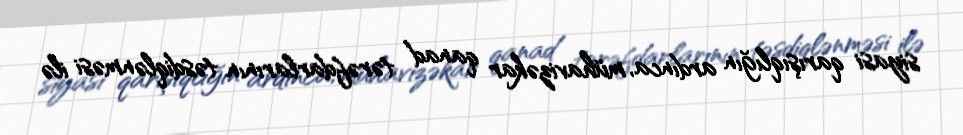
siyasi qarışıqlığın ardınca, mühavizəkar qanad tərəfdarlarının təsdiqlənməsi ilə